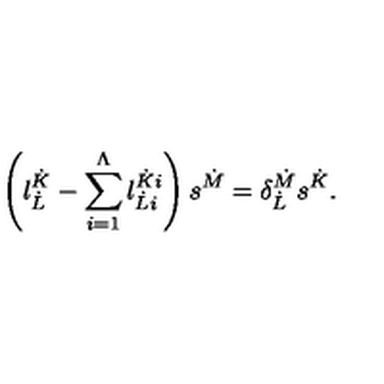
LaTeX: \left( l _ { \dot { L } } ^ { \dot { K } } - \sum _ { i = 1 } ^ { \Lambda } l _ { \dot { L } i } ^ { \dot { K } i } \right) s ^ { \dot { M } } = \delta _ { \dot { L } } ^ { \dot { M } } s ^ { \dot { K } } .